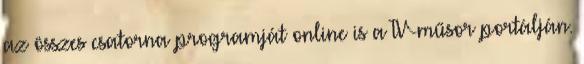
az összes csatorna programját online is a TV-műsor portálján.